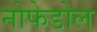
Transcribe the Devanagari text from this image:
नोफेडोल